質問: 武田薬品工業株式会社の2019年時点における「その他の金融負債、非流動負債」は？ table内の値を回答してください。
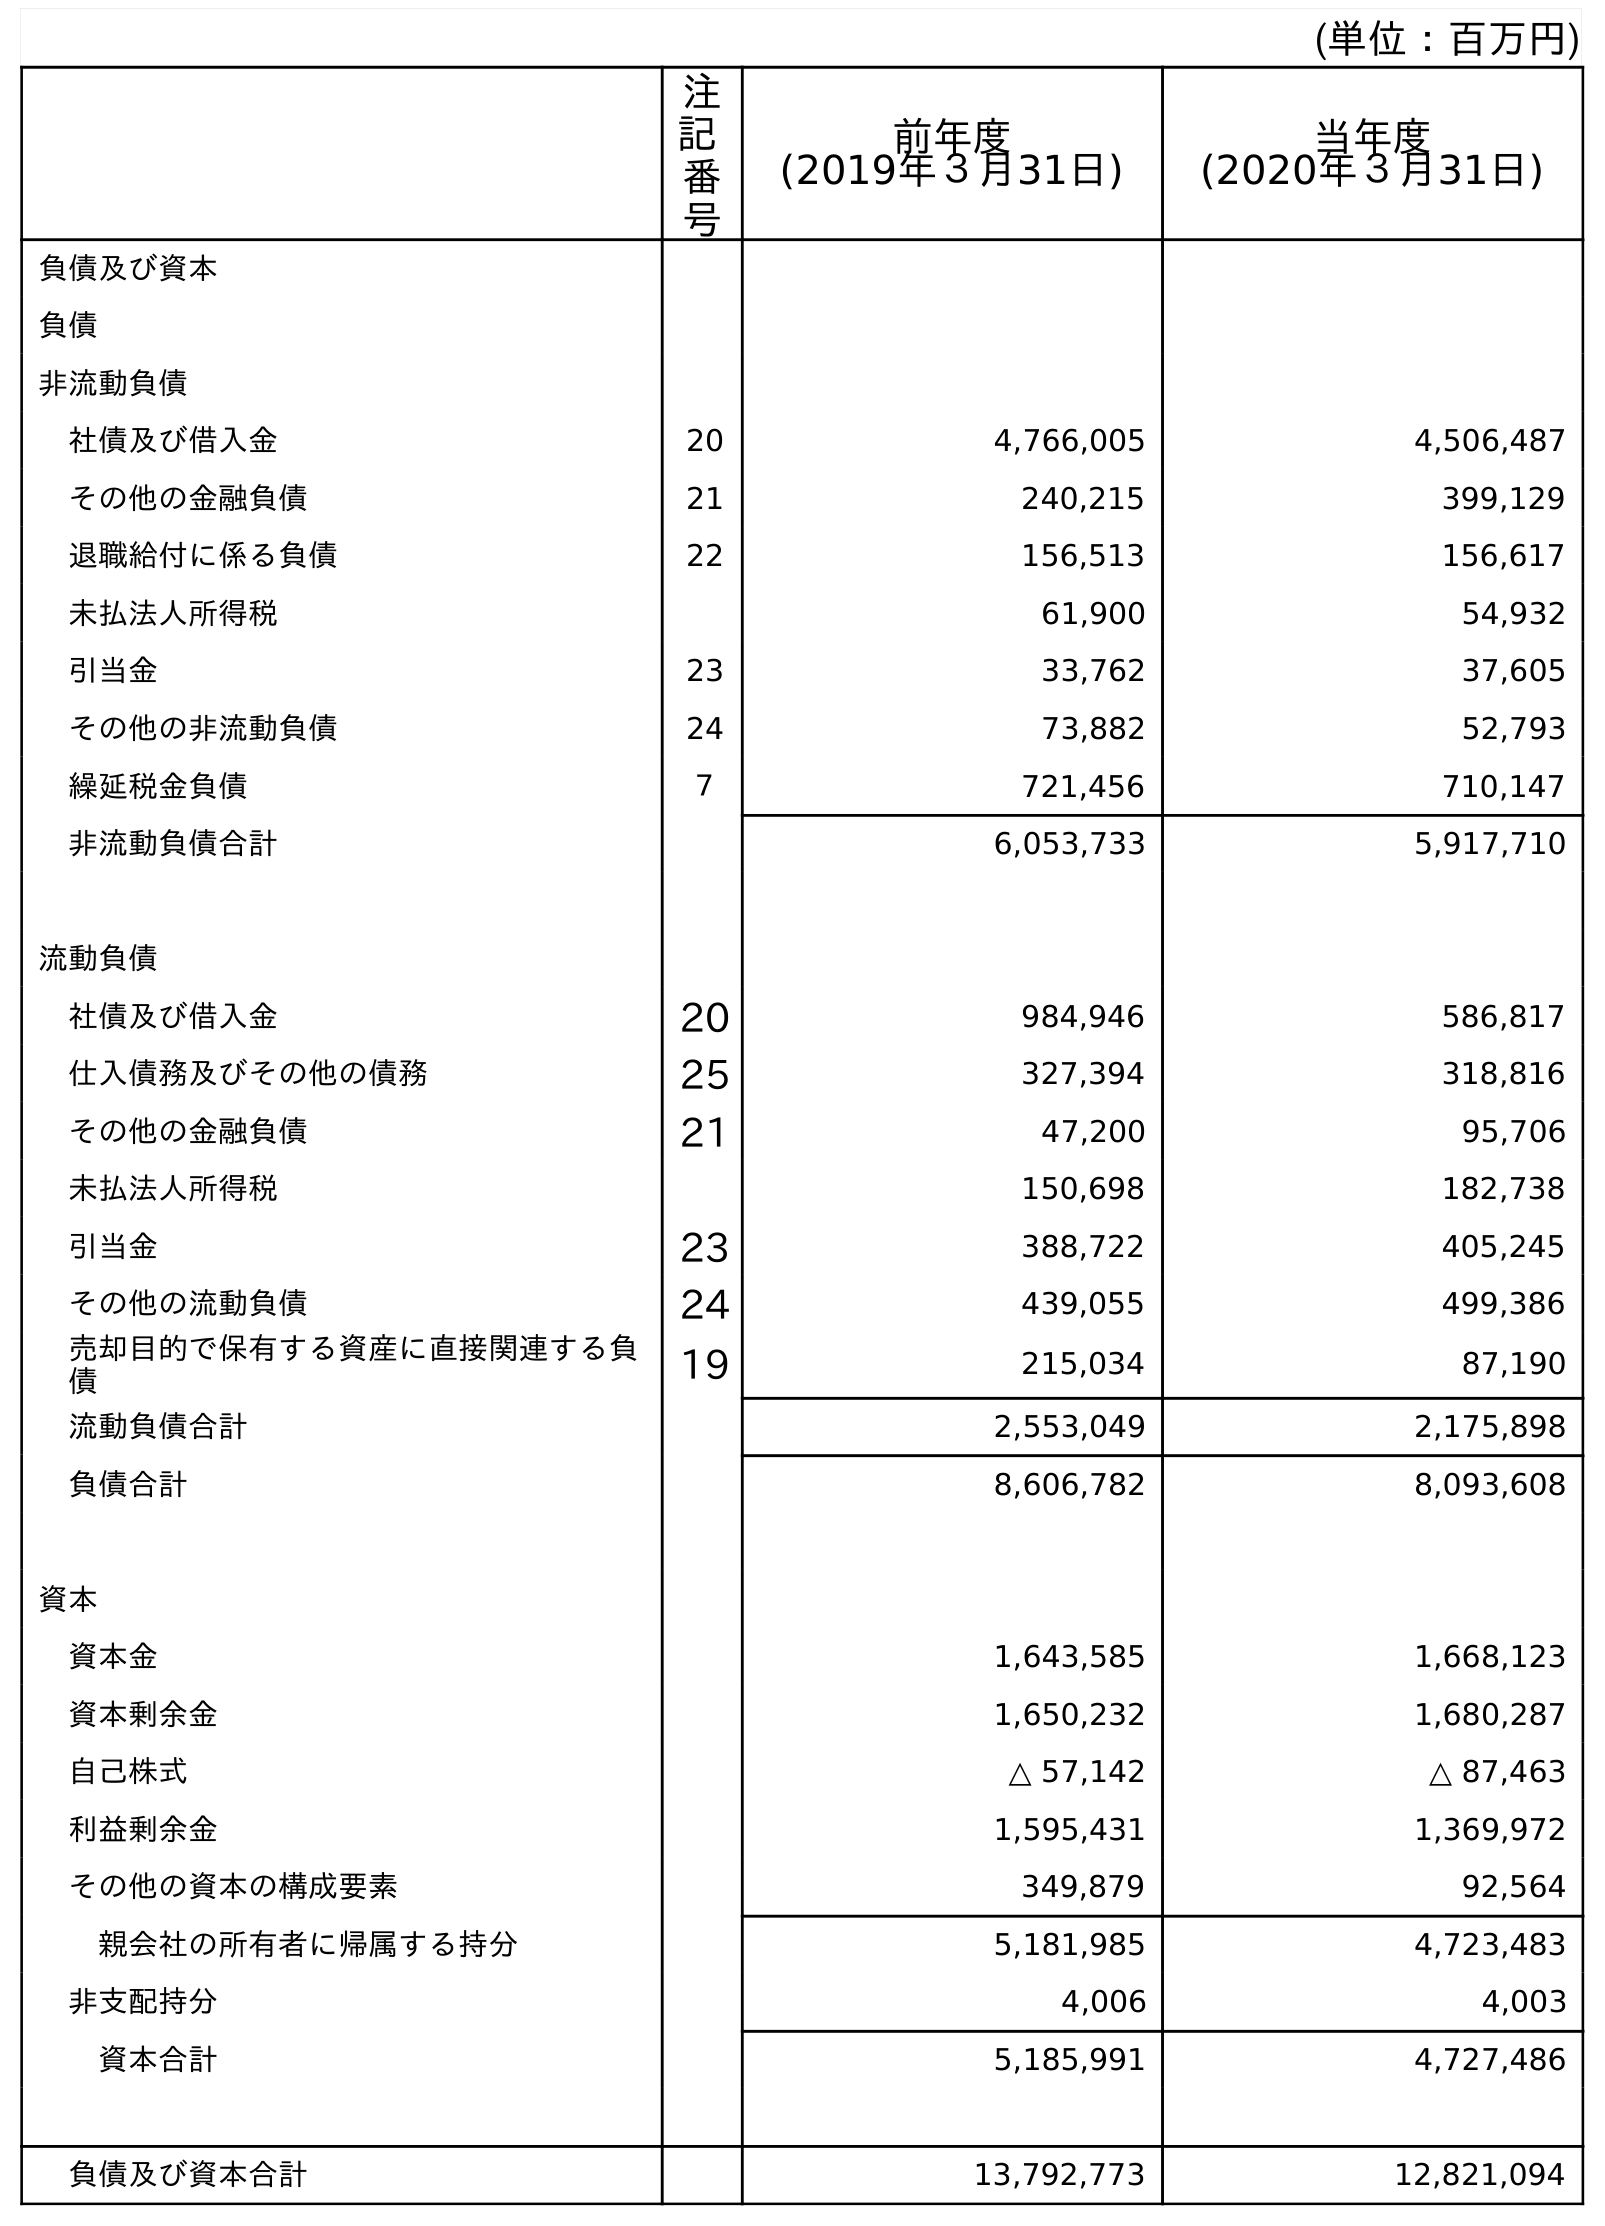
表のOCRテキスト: (単位：百万円) 注 記 番 号 前年度 (2019年３月31日) 当年度 (2020年３月31日) 負債及び資本 負債 非流動負債 社債及び借入金 20 4,766,005 4,506,487 その他の金融負債 21 240,215 399,129 退職給付に係る負債 22 156,513 156,617 未払法人所得税 61,900 54,932 引当金 23 33,762 37,605 その他の非流動負債 24 73,882 52,793 繰延税金負債 ７ 721,456 710,147 非流動負債合計 6,053,733 5,917,710 流動負債 社債及び借入金 20 984,946 586,817 仕入債務及びその他の債務 25 327,394 318,816 その他の金融負債 21 47,200 95,706 未払法人所得税 150,698 182,738 引当金 23 388,722 405,245 その他の流動負債 24 439,055 499,386 売却目的で保有する資産に直接関連する負 債 19 215,034 87,190 流動負債合計 2,553,049 2,175,898 負債合計 8,606,782 8,093,608 資本 資本金 1,643,585 1,668,123 資本剰余金 1,650,232 1,680,287 自己株式 △ 57,142 △ 87,463 利益剰余金 1,595,431 1,369,972 その他の資本の構成要素 349,879 92,564 親会社の所有者に帰属する持分 5,181,985 4,723,483 非支配持分 4,006 4,003 資本合計 5,185,991 4,727,486 負債及び資本合計 13,792,773 12,821,094
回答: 240,215